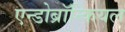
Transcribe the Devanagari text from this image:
एन्डोब्रॉन्कियल